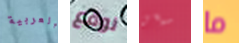
العربية نوقع سيسى ما